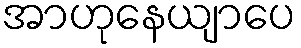
အာဟုနေယျာပေ